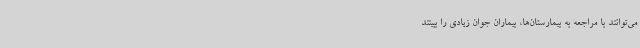
می‌توانند با مراجعه به بیمارستان‌ها، بیماران جوان زیادی را ببینند